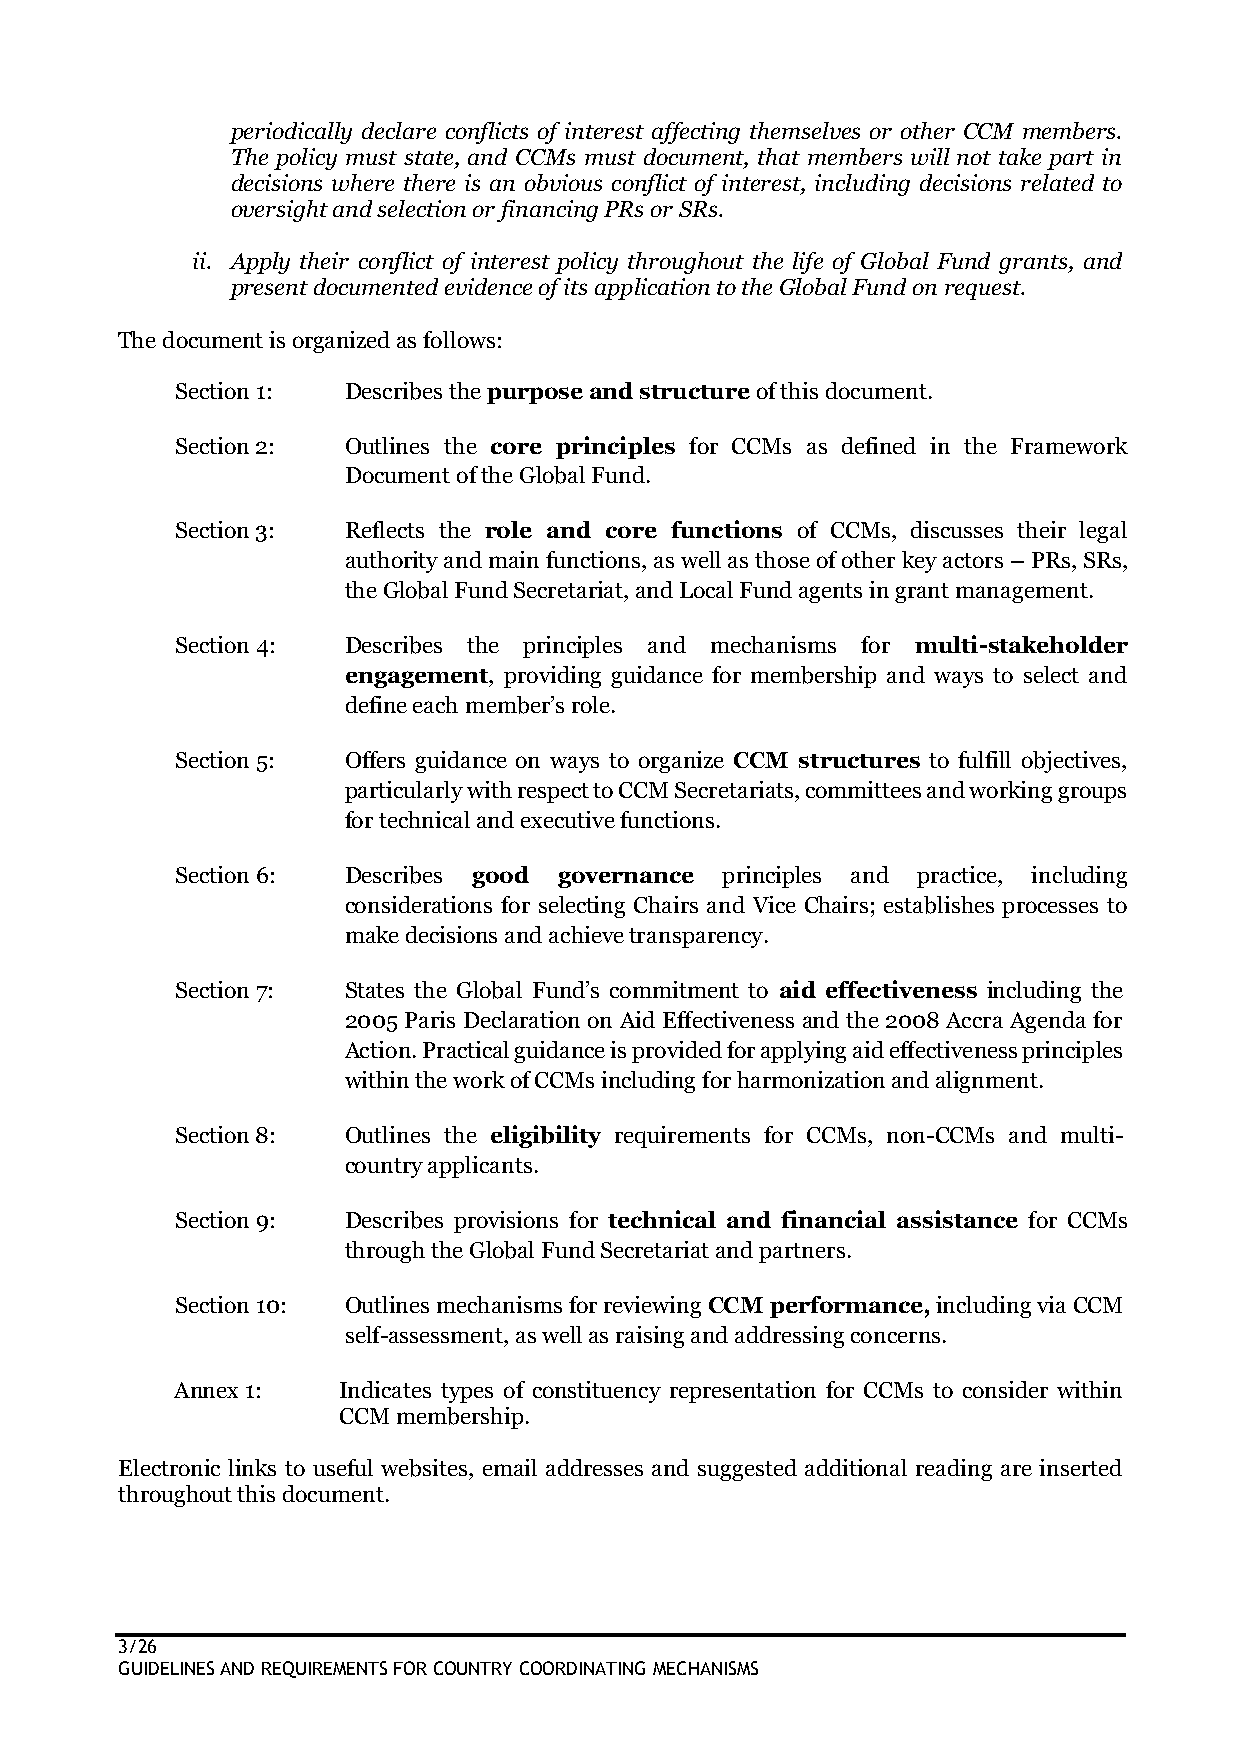
periodically declare conflicts of interest affecting themselves or other CCM members.
 The policy must state, and CCMs must document, that members will not take part in
 decisions where there is an obvious conflict of interest, including decisions related to
 oversight and selection or financing PRs or SRs.
 ii. Apply their conflict of interest policy throughout the life of Global Fund grants, and
 present documented evidence of its application to the Global Fund on request.
 The document is organized as follows:
 Section 1: Describes the purpose and structure of this document.
 Section 2: Outlines the core principles for CCMs as defined in the Framework
 Document of the Global Fund.
 Section 3: Reflects the role and core functions of CCMs, discusses their legal
 authority and main functions, as well as those of other key actors – PRs, SRs,
 the Global Fund Secretariat, and Local Fund agents in grant management.
 Section 4: Describes the principles and mechanisms for multi-stakeholder
 engagement, providing guidance for membership and ways to select and
 define each member’s role.
 Section 5: Offers guidance on ways to organize CCM structures to fulfill objectives,
 particularly with respect to CCM Secretariats, committees and working groups
 for technical and executive functions.
 Section 6: Describes good governance principles and practice, including
 considerations for selecting Chairs and Vice Chairs; establishes processes to
 make decisions and achieve transparency.
 Section 7: States the Global Fund’s commitment to aid effectiveness including the
 2005 Paris Declaration on Aid Effectiveness and the 2008 Accra Agenda for
 Action. Practical guidance is provided for applying aid effectiveness principles
 within the work of CCMs including for harmonization and alignment.
 Section 8: Outlines the eligibility requirements for CCMs, non-CCMs and multi-
 country applicants.
 Section 9: Describes provisions for technical and financial assistance for CCMs
 through the Global Fund Secretariat and partners.
 Section 10: Outlines mechanisms for reviewing CCM performance, including via CCM
 self-assessment, as well as raising and addressing concerns.
 Annex 1:  Indicates types of constituency representation for CCMs to consider within
 CCM membership.
 Electronic links to useful websites, email addresses and suggested additional reading are inserted
 throughout this document.
 3/26
 GUIDELINES AND REQUIREMENTS FOR COUNTRY COORDINATING MECHANISMS